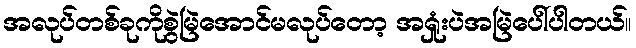
အလုပ်တစ်ခုကိုစွဲမြဲအောင်မလုပ်တော့ အရှုံးပဲအမြဲပေါ်ပါတယ်။